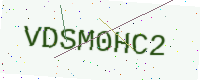
Text: VDSM0HC2